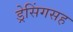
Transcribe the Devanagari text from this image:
ड्रेसिंगसह